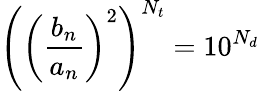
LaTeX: \left(\left({\frac{b_{n}}{a_{n}}}\right)^{2}\right)^{N_{t}}=10^{N_{d}}